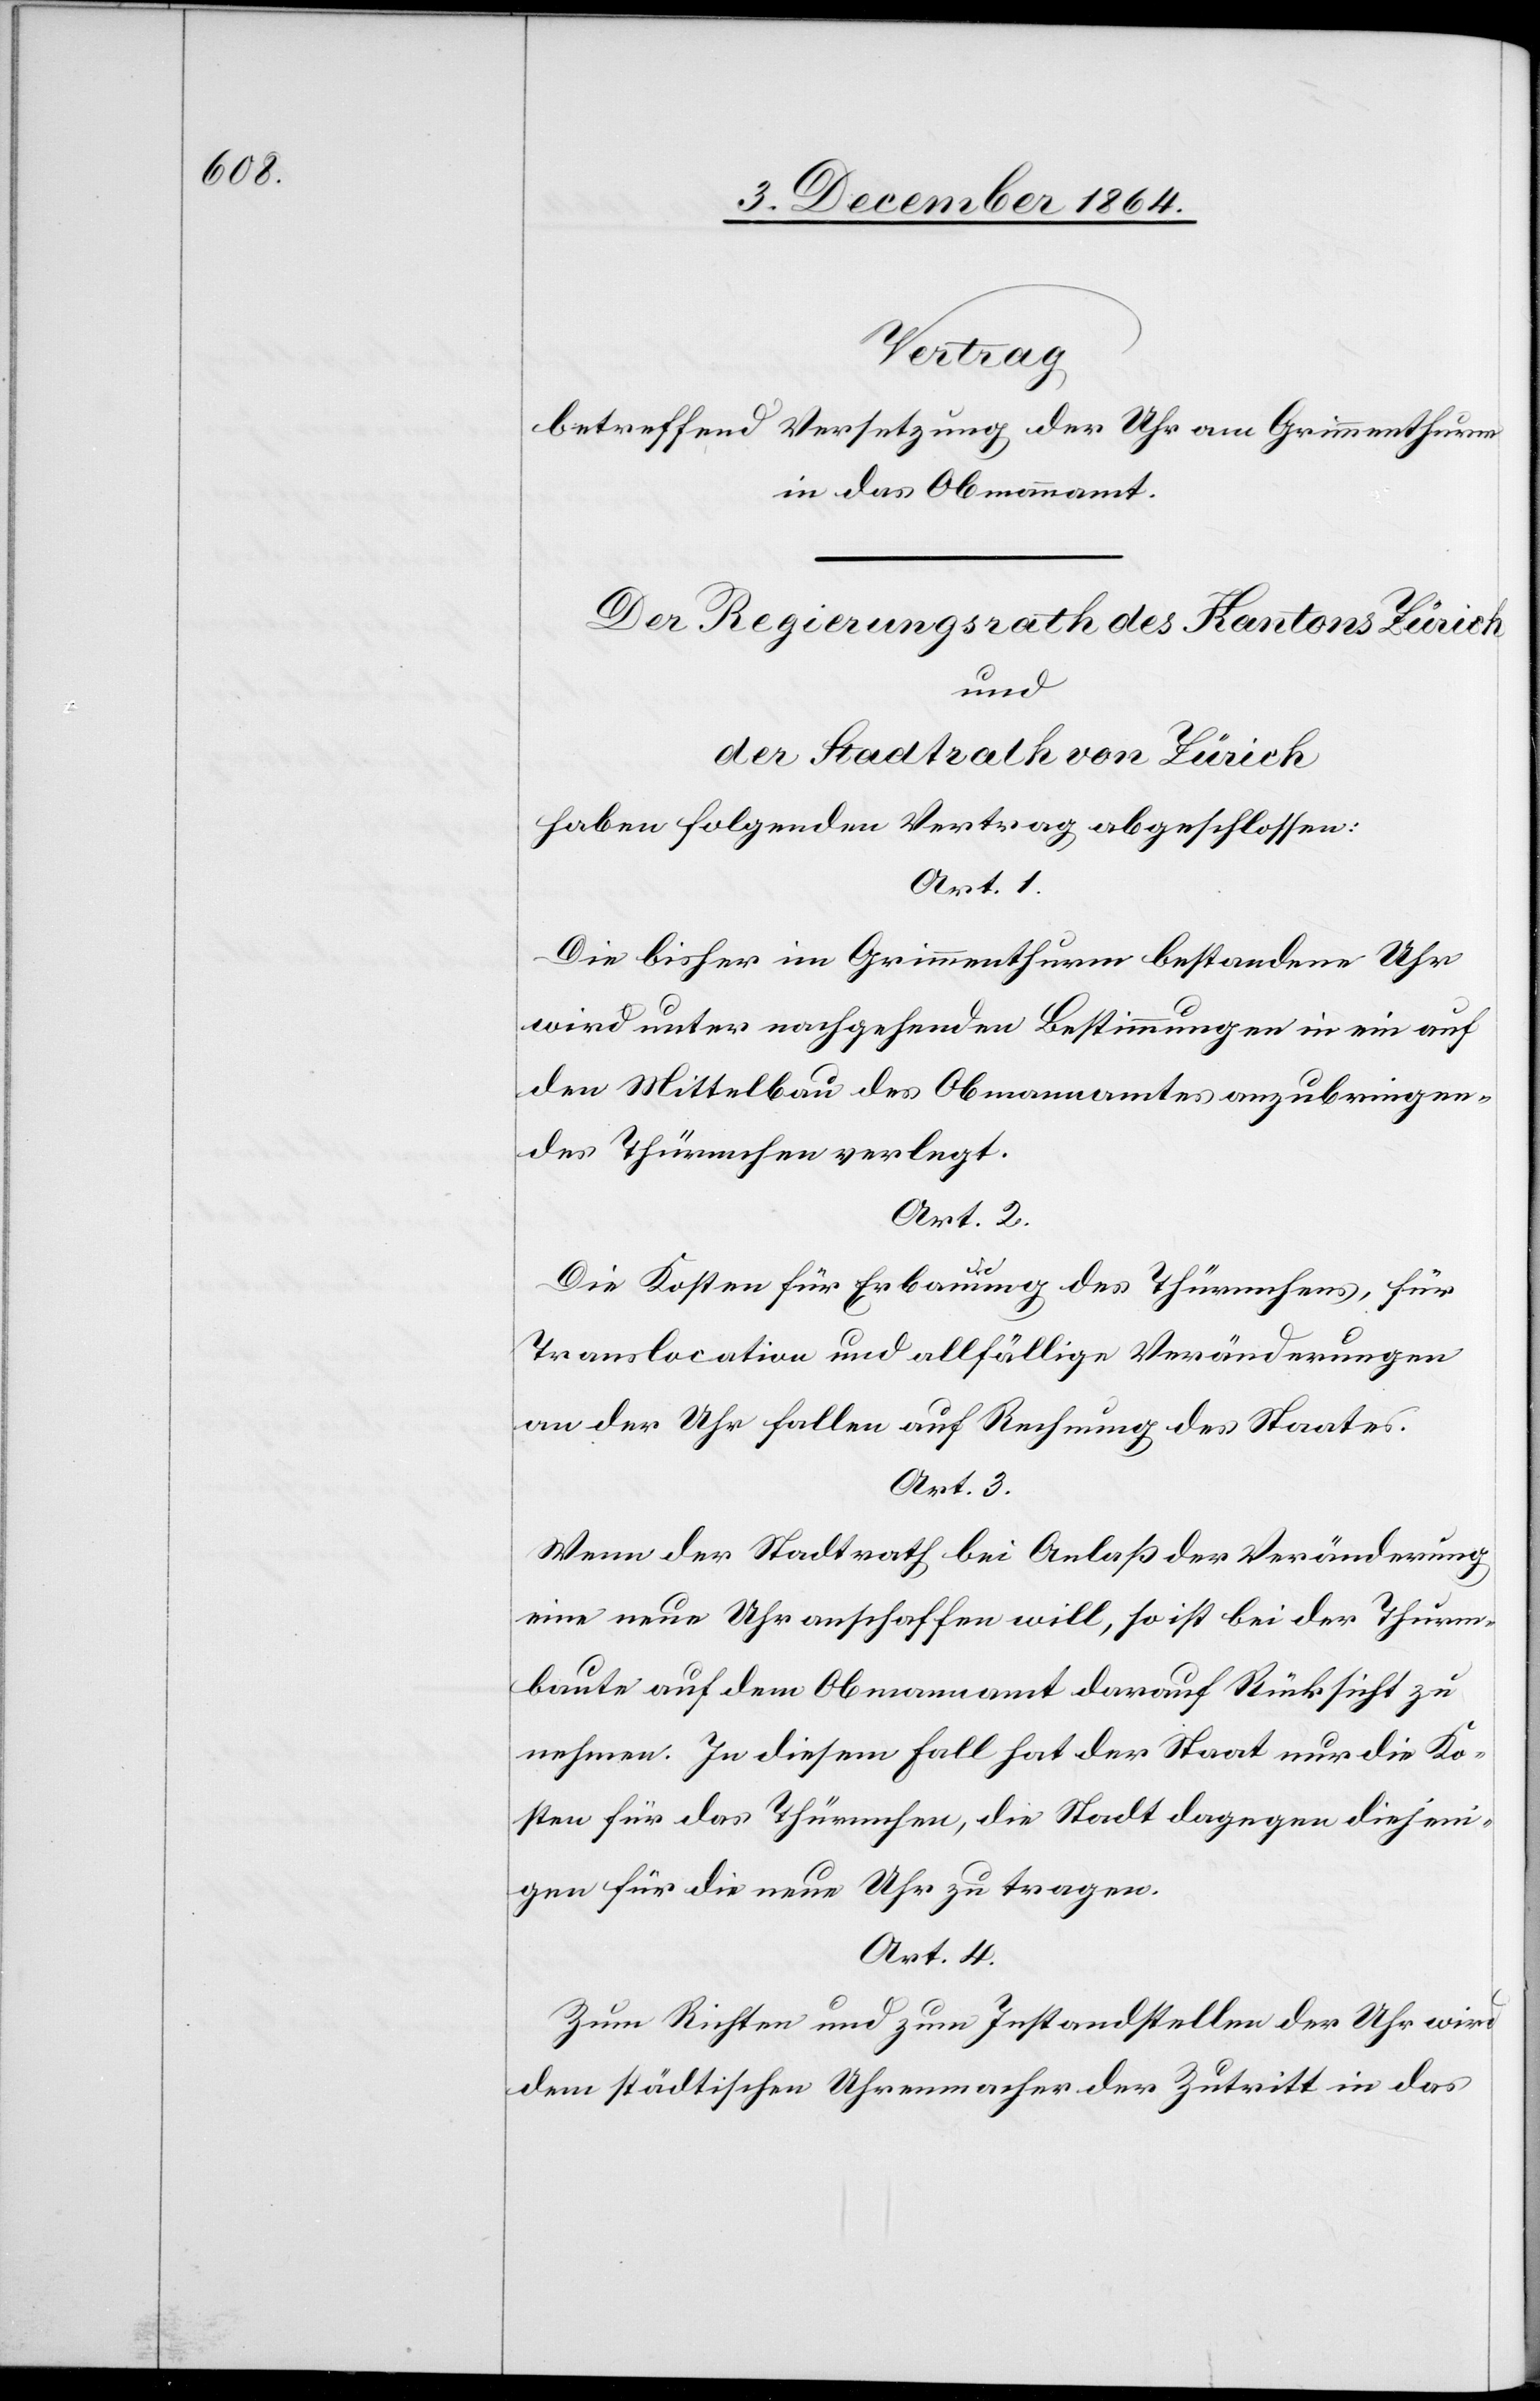
Vertrag
betreffend Versetzung der Uhr am Grimmenthurm
________________
Der Regierungsrath des Kantons Zürich
und
der Stadtrath von Zürich
haben folgenden Vertrag abgeschlossen:
Art. 1.
Die bisher im Grimmenthurm bestandene Uhr
wird unter nachgehenden Bestimmungen in ein auf
den Mittelbau des Obmannamtes anzubringen¬
des Thürmchen verlegt.
Art. 2.
Die Kosten für Erbauung des Thürmchens, für
Translocation und allfällige Veränderungen
an der Uhr fallen auf Rechnung des Staates.
Art. 3.
Wenn der Stadtrath bei Anlaß der Veränderung
eine neue Uhr anschaffen will, so ist bei der Thurm¬
baute auf dem Obmannamt darauf Rücksicht zu
nehmen. In diesem Fall hat der Staat nur die Ko¬
sten für das Thürmchen, die Stadt dagegen diejeni¬
gen für die neue Uhr zu tragen.
Art. 4.
Zum Richten und zum Instandhalten der Uhr wird
dem städtischen Uhrenmacher der Zutritt in das